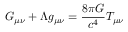
G _ { \mu \nu } + \Lambda g _ { \mu \nu } = { \frac { 8 \pi G } { c ^ { 4 } } } T _ { \mu \nu }